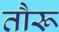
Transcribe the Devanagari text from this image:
तौरू